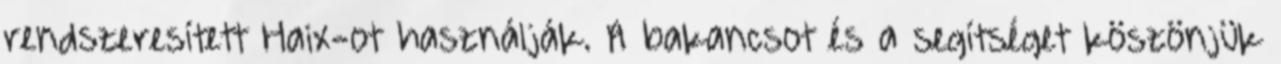
rendszeresített Haix-ot használják. A bakancsot és a segítséget köszönjük